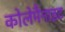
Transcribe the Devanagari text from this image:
कोलेमैनाइट